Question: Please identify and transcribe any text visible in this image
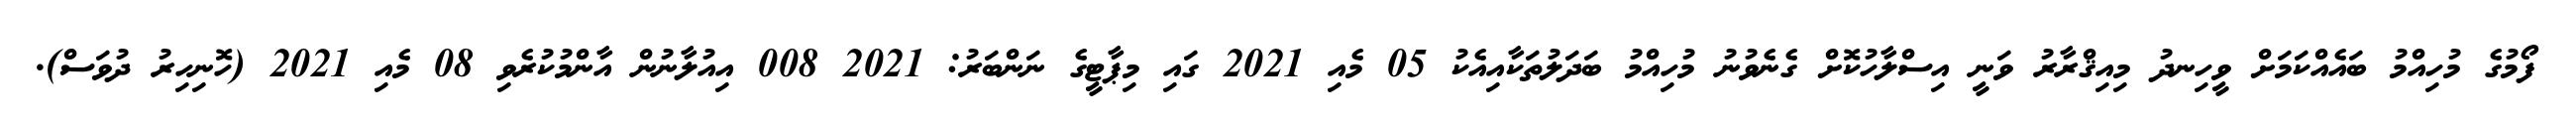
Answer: ފޯމުގެ މުހިއްމު ބައެއްކަމަށް ވީހިނދު މިއިޤްރާރު ވަނީ އިސްލާހުކޮށް ގެނެވުނު މުހިއްމު ބަދަލުތަކާއިއެކު 05 މެއި 2021 ގައި މިޕާޓީގެ ނަންބަރު: 2021 008 އިއުލާނުން އާންމުކުރެވި 08 މެއި 2021 (ހޮނިހިރު ދުވަސް).